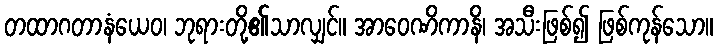
တထာဂတာနံယေဝ၊ ဘုရားတို့၏သာလျှင်။ အာဝေဏိကာနိ၊ အသီးဖြစ်၍ ဖြစ်ကုန်သော။